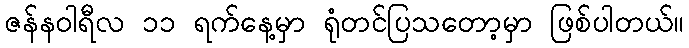
ဇန်နဝါရီလ ၁၁ ရက်နေ့မှာ ရုံတင်ပြသတော့မှာ ဖြစ်ပါတယ်။